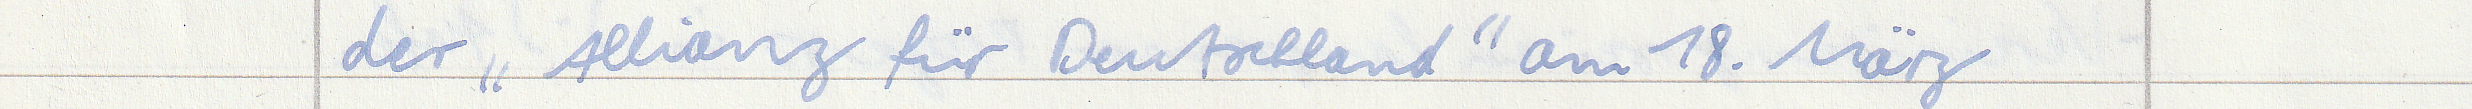
der "Allianz für Deutschland" am 18. März